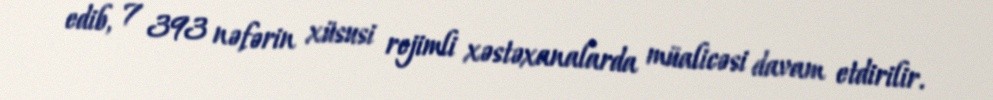
edib, 7 393 nəfərin xüsusi rejimli xəstəxanalarda müalicəsi davam etdirilir.